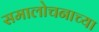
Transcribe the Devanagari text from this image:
समालोचनाच्या